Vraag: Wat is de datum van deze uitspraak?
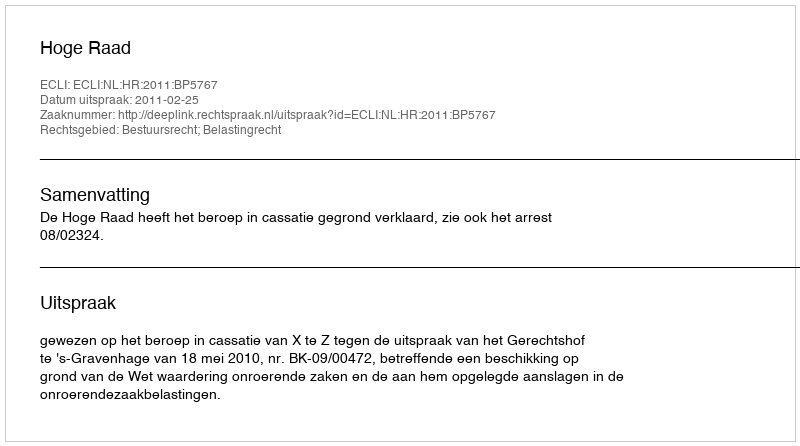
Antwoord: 2011-02-25